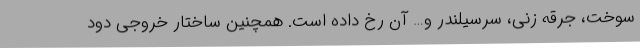
سوخت، جرقه زنی، سرسیلندر و… آن رخ داده است. همچنین ساختار خروجی دود